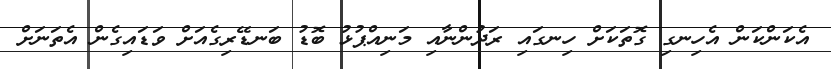
އެކަންކަން އެހިނގި ގޮތަކަށް ހިނގައި ރަދުންނާއި މަނިއްޕުޅު ބޮޑު ބަނޑޭރިގެއަށް ވަޑައިގެން އެތަނަށް